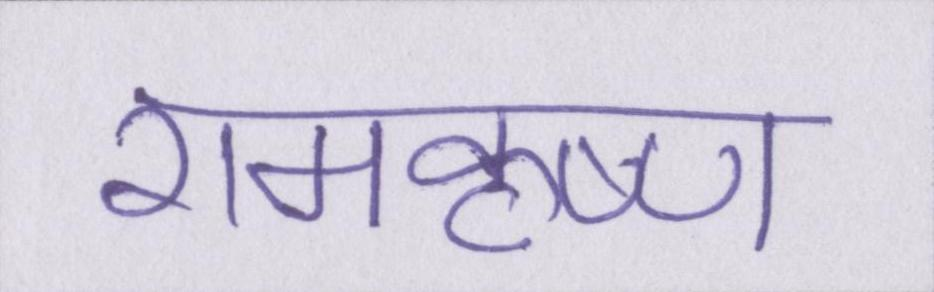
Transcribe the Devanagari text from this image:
रामकृष्ण